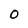
Character: 0